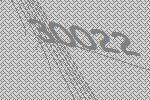
30022